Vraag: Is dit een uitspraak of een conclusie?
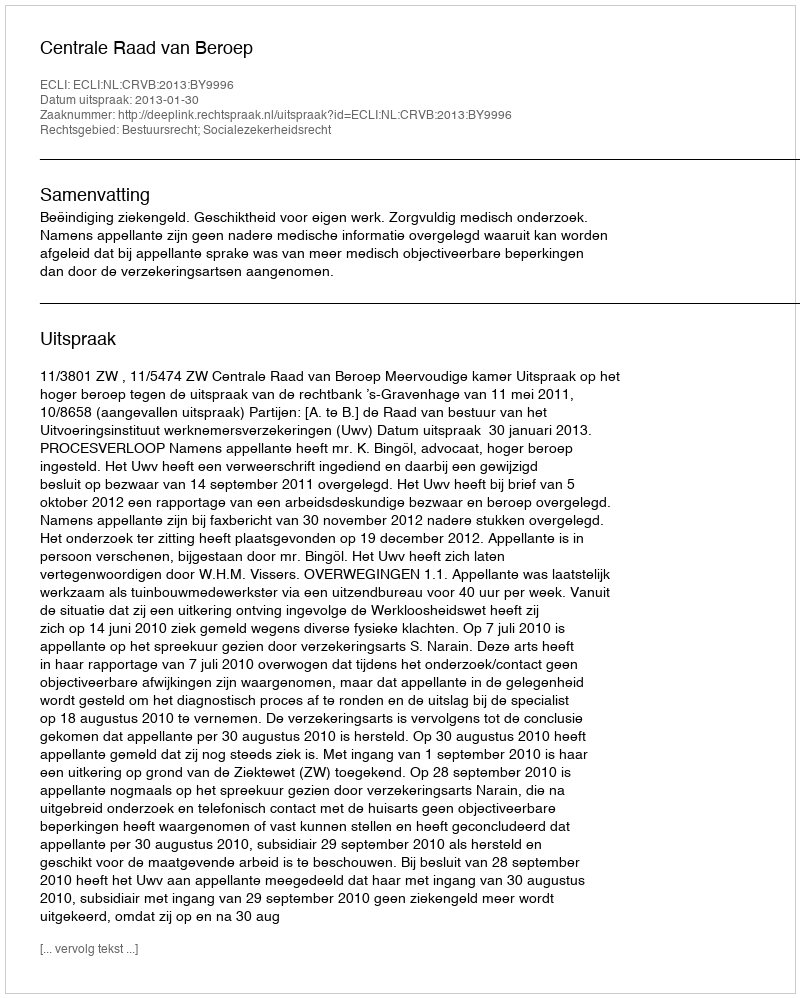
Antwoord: Uitspraak